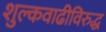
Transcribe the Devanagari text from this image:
शुल्कवाढीविरुद्ध